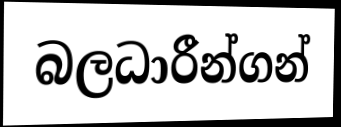
බලධාරීන්ගන්